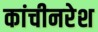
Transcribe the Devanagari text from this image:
कांचीनरेश